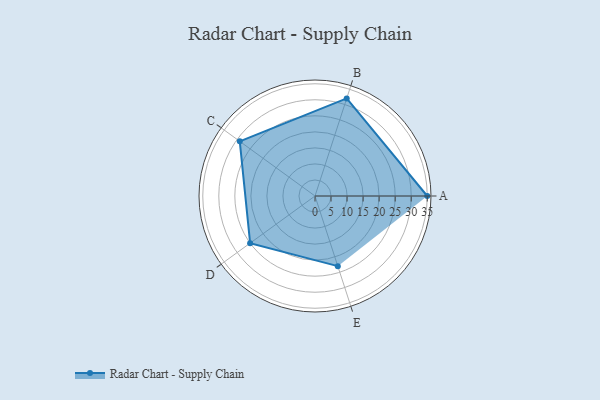
{"axis": {"x": "Skill", "y": "Score"}, "legend": ["Profile"], "data": [{"x": "A", "y": 35.0, "type": "Profile"}, {"x": "B", "y": 32.0, "type": "Profile"}, {"x": "C", "y": 29.0, "type": "Profile"}, {"x": "D", "y": 25.0, "type": "Profile"}, {"x": "E", "y": 23.0, "type": "Profile"}]}